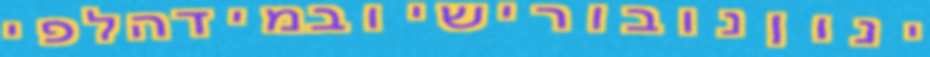
ינוןנובורישיובמידהלפי